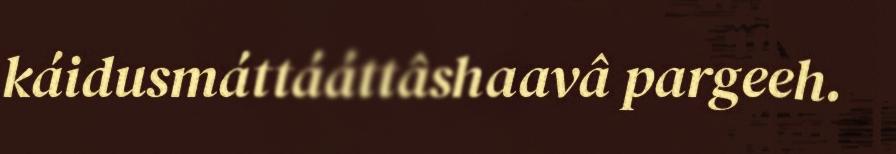
káidusmáttááttâshaavâ pargeeh.